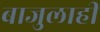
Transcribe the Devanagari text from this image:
बाजुलाही